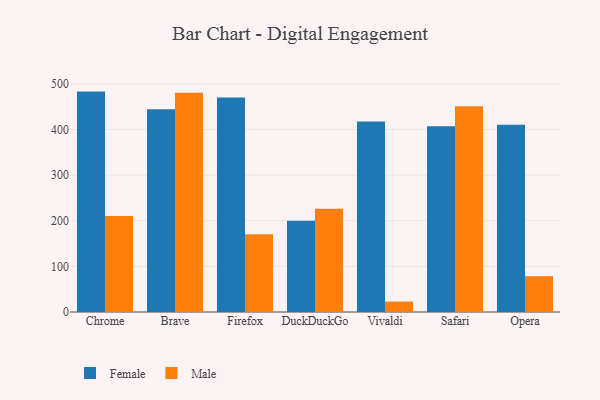
{"axis": {"x": "Browser", "y": "Shipments"}, "legend": ["Female", "Male"], "data": [{"x": "Chrome", "y": 483.2, "type": "Female"}, {"x": "Chrome", "y": 210.6, "type": "Male"}, {"x": "Brave", "y": 444.5, "type": "Female"}, {"x": "Brave", "y": 480.6, "type": "Male"}, {"x": "Firefox", "y": 470.4, "type": "Female"}, {"x": "Firefox", "y": 170.6, "type": "Male"}, {"x": "DuckDuckGo", "y": 200.2, "type": "Female"}, {"x": "DuckDuckGo", "y": 226.4, "type": "Male"}, {"x": "Vivaldi", "y": 417.6, "type": "Female"}, {"x": "Vivaldi", "y": 22.9, "type": "Male"}, {"x": "Safari", "y": 407.0, "type": "Female"}, {"x": "Safari", "y": 451.2, "type": "Male"}, {"x": "Opera", "y": 410.7, "type": "Female"}, {"x": "Opera", "y": 78.5, "type": "Male"}]}